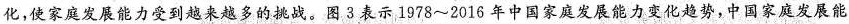
化，使家庭发展能力受到越来越多的挑战。图3表示1978~2016年中国家庭发展能力变化趋势，中国家庭发展能